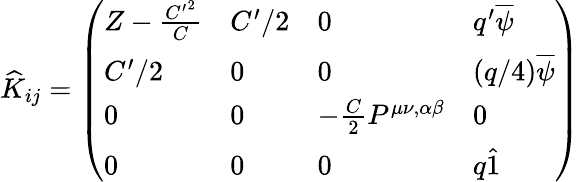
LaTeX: \widehat{K}_{ij}=\left(\begin{array}{llll}{{Z-{\frac{{C^{\prime}}^{2}}{C}}}}&{{C^{\prime}/2}}&{{0}}&{{q^{\prime}\overline{{{\psi}}}}}\\ {{C^{\prime}/2}}&{{0}}&{{0}}&{{(q/4)\overline{{{\psi}}}}}\\ {{0}}&{{0}}&{{-{\frac{C}{2}}P^{\mu\nu,\alpha\beta}}}&{{0}}\\ {{0}}&{{0}}&{{0}}&{{q\hat{1}}}\end{array}\right)